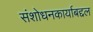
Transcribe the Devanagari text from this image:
संशोधनकार्याबद्दल